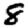
Digit: 8